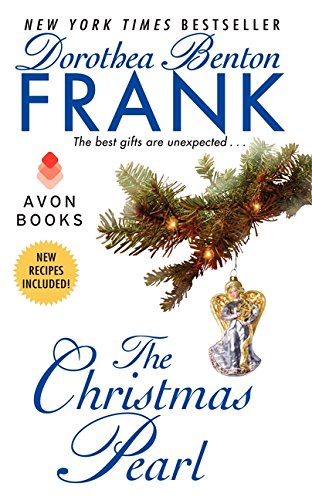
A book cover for The Christmas Pearl; Dorothea Benton Frank; Romance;